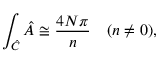
\int _ { \hat { C } } \hat { \cal A } \cong \frac { 4 N \pi } { n } ~ ~ ~ ( n \neq 0 ) ,